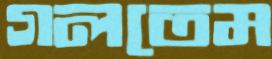
গলতেম